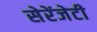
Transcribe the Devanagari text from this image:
सेरेंजेटी